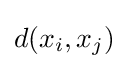
d(x_{i},x_{j})